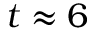
t \approx 6